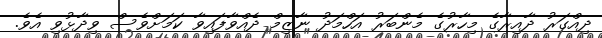
ދިއްގަރު ދާއިރާގެ މިހާރުގެ މެންބަރު އަހްމަދު ނާޒިމް ދެއްވާފައިވާ ކަމަށްވެސް ވިދާޅުވި އެވެ.